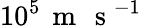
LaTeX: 10^{5}\, \mathrm{~m~\, ~s~}^{-1}